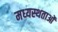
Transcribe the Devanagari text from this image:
मध्‍यस्‍थताओं